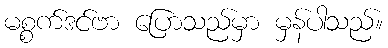
မစ္စက်ဒင်ဗာ ပြောသည်မှာ မှန်ပါသည်။